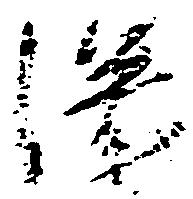
深